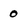
Character: 0